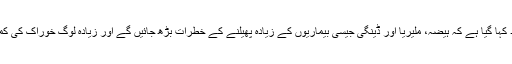
اس رپورٹ میں مزید کہا گیا ہے کہ ہیضہ، ملیریا اور ڈینگی جیسی بیماریوں کے زیادہ پھیلنے کے خطرات بڑھ جائیں گے اور زیادہ لوگ خوراک کی کمی کا شکار ہوں گے۔